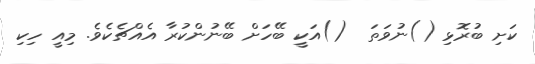
ކަށި ބުރޮޅި ()ނުވަތަ  ()އަކީ ބޭހަށް ބޭނުންކުރާ އެއްޗެކެވެ. މިއީ ހިކި